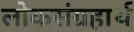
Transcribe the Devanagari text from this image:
लोकसंग्रहार्थ